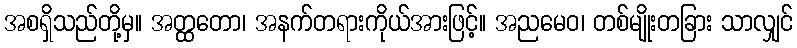
အစရှိသည်တို့မှ။ အတ္ထတော၊ အနက်တရားကိုယ်အားဖြင့်။ အညမေဝ၊ တစ်မျိုးတခြား သာလျှင်